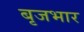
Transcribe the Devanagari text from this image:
बृजभार